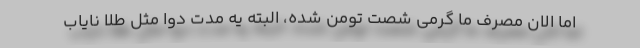
اما الان مصرف ما گرمی شصت تومن شده، البته یه مدت دوا مثل طلا نایاب